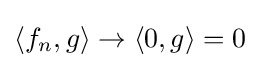
\langle f_{n},g\rangle \to \langle 0,g\rangle =0